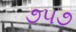
૭૫૭